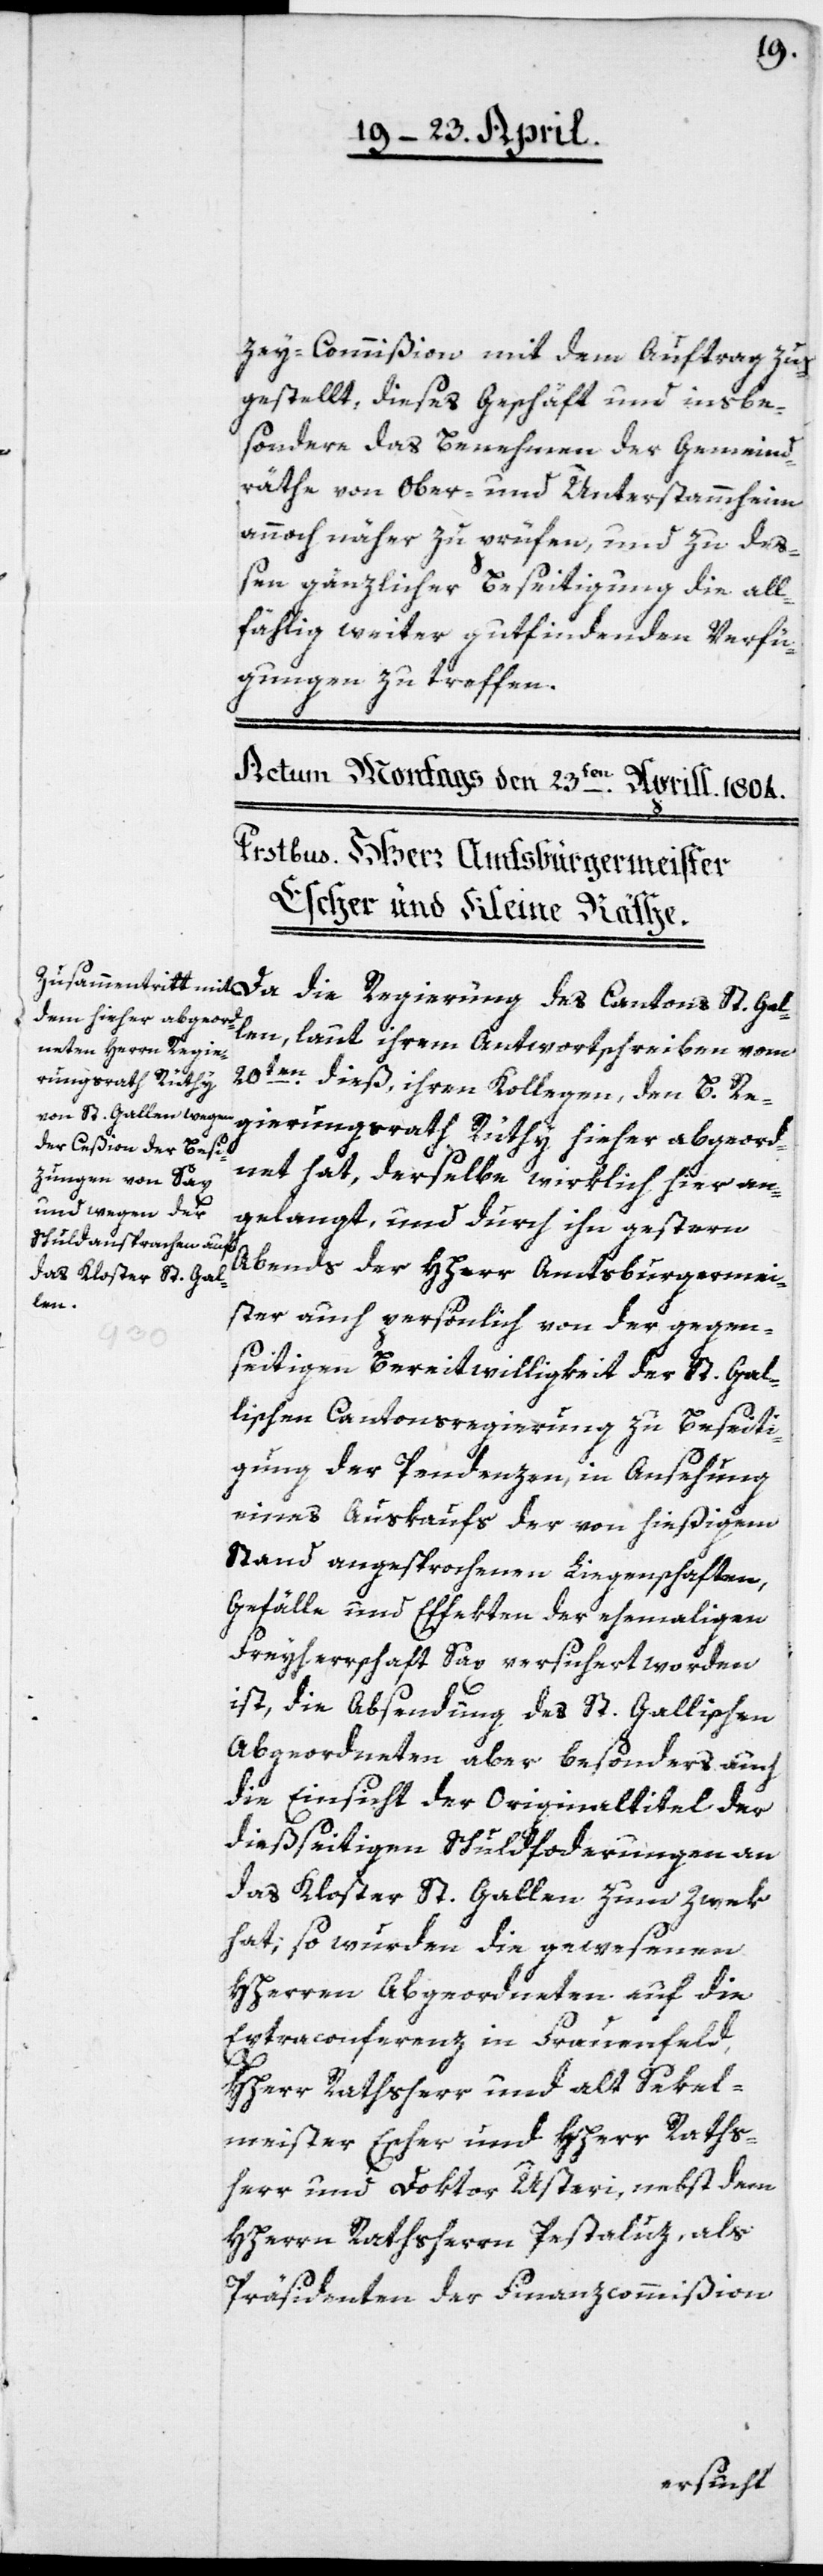
zey-Commißion mit dem Auftrag zu¬
gestellt, dieses Geschäft und insbe¬
sondere das Benehmen der Gemeind¬
räthe von Ober- und Unterstammheim
annoch näher zu prüfen, und zu deß¬
en gänzlicher Beseitigung die all¬
fählig weiter gutfindenden Verfü¬
gungen zu treffen.
llen, laut ihrem Antwortschreiben vom
20ten dieß, ihren Kollegen, den B. Re¬
gierungsrat Rüthy hieher abgeord¬
net hat, derselbe wirklich hier an¬
gelangt, und durch ihn gestern
Abend der HHerr Amtsburgermei¬
ster auch persönlich von der gegen¬
Ga¬
seitigen Bereitwilligkeit der St. Gal¬
lischen Cantonsregierung zu Beseiti¬
gung der Pendenzen, in Ansehung
eines Auskaufs der von hießigem
Stand angesprochenen Liegenschaften,
Gefälle und Effekten der ehemaligen
Freyherrschaft Sax versichert worden
ist, die Absendung des St. Gallischen
Abgeordneten aber besonders auch
die Einsicht der Originaltitel der
dießseitigen Schuldforderungen an
das Kloster St. Gallen zum Zwek
hat; so wurden die gewesenen
HHerren Abgeordneten auf die
Extraconferenz in Frauenfeld,
HHerr Rathsherr und alt Sekel¬
meister Escher und HHerr Raths¬
herr und Doktor Usteri, nebst dem
HHerrn Rathsherrn Pestaluz, als
Präsidenten der Finanzcommißion